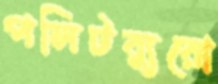
পলিটব্যুরো